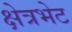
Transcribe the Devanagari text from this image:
क्षेत्रभेट